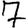
Digit: 7